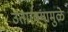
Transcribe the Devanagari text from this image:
उतारवयामुळे